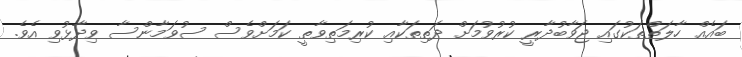
ބައެއް ހާލަތްތަކުގައި ޖަވާބުދާރީ ކުރުވުމަށް ދަތިތަކާއި ކުރިމަތިވާތީ ކަމަށްވެސް ސުވަމާންސާ ވިދާޅުވި އެވެ.